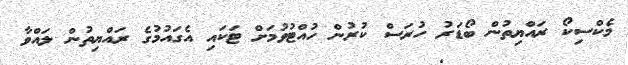
މެކްސިކޯ ރައްޔިތުން ބޯޑަރު ހުރަސް ކުރުން ހުއްޓުވުމަށް ޓަކައި އެގައުމުގެ ރައްޔިތުން ލައްވާ